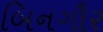
બિનગૌર